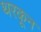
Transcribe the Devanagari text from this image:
थरकून